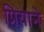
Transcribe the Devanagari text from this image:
प्रियाने